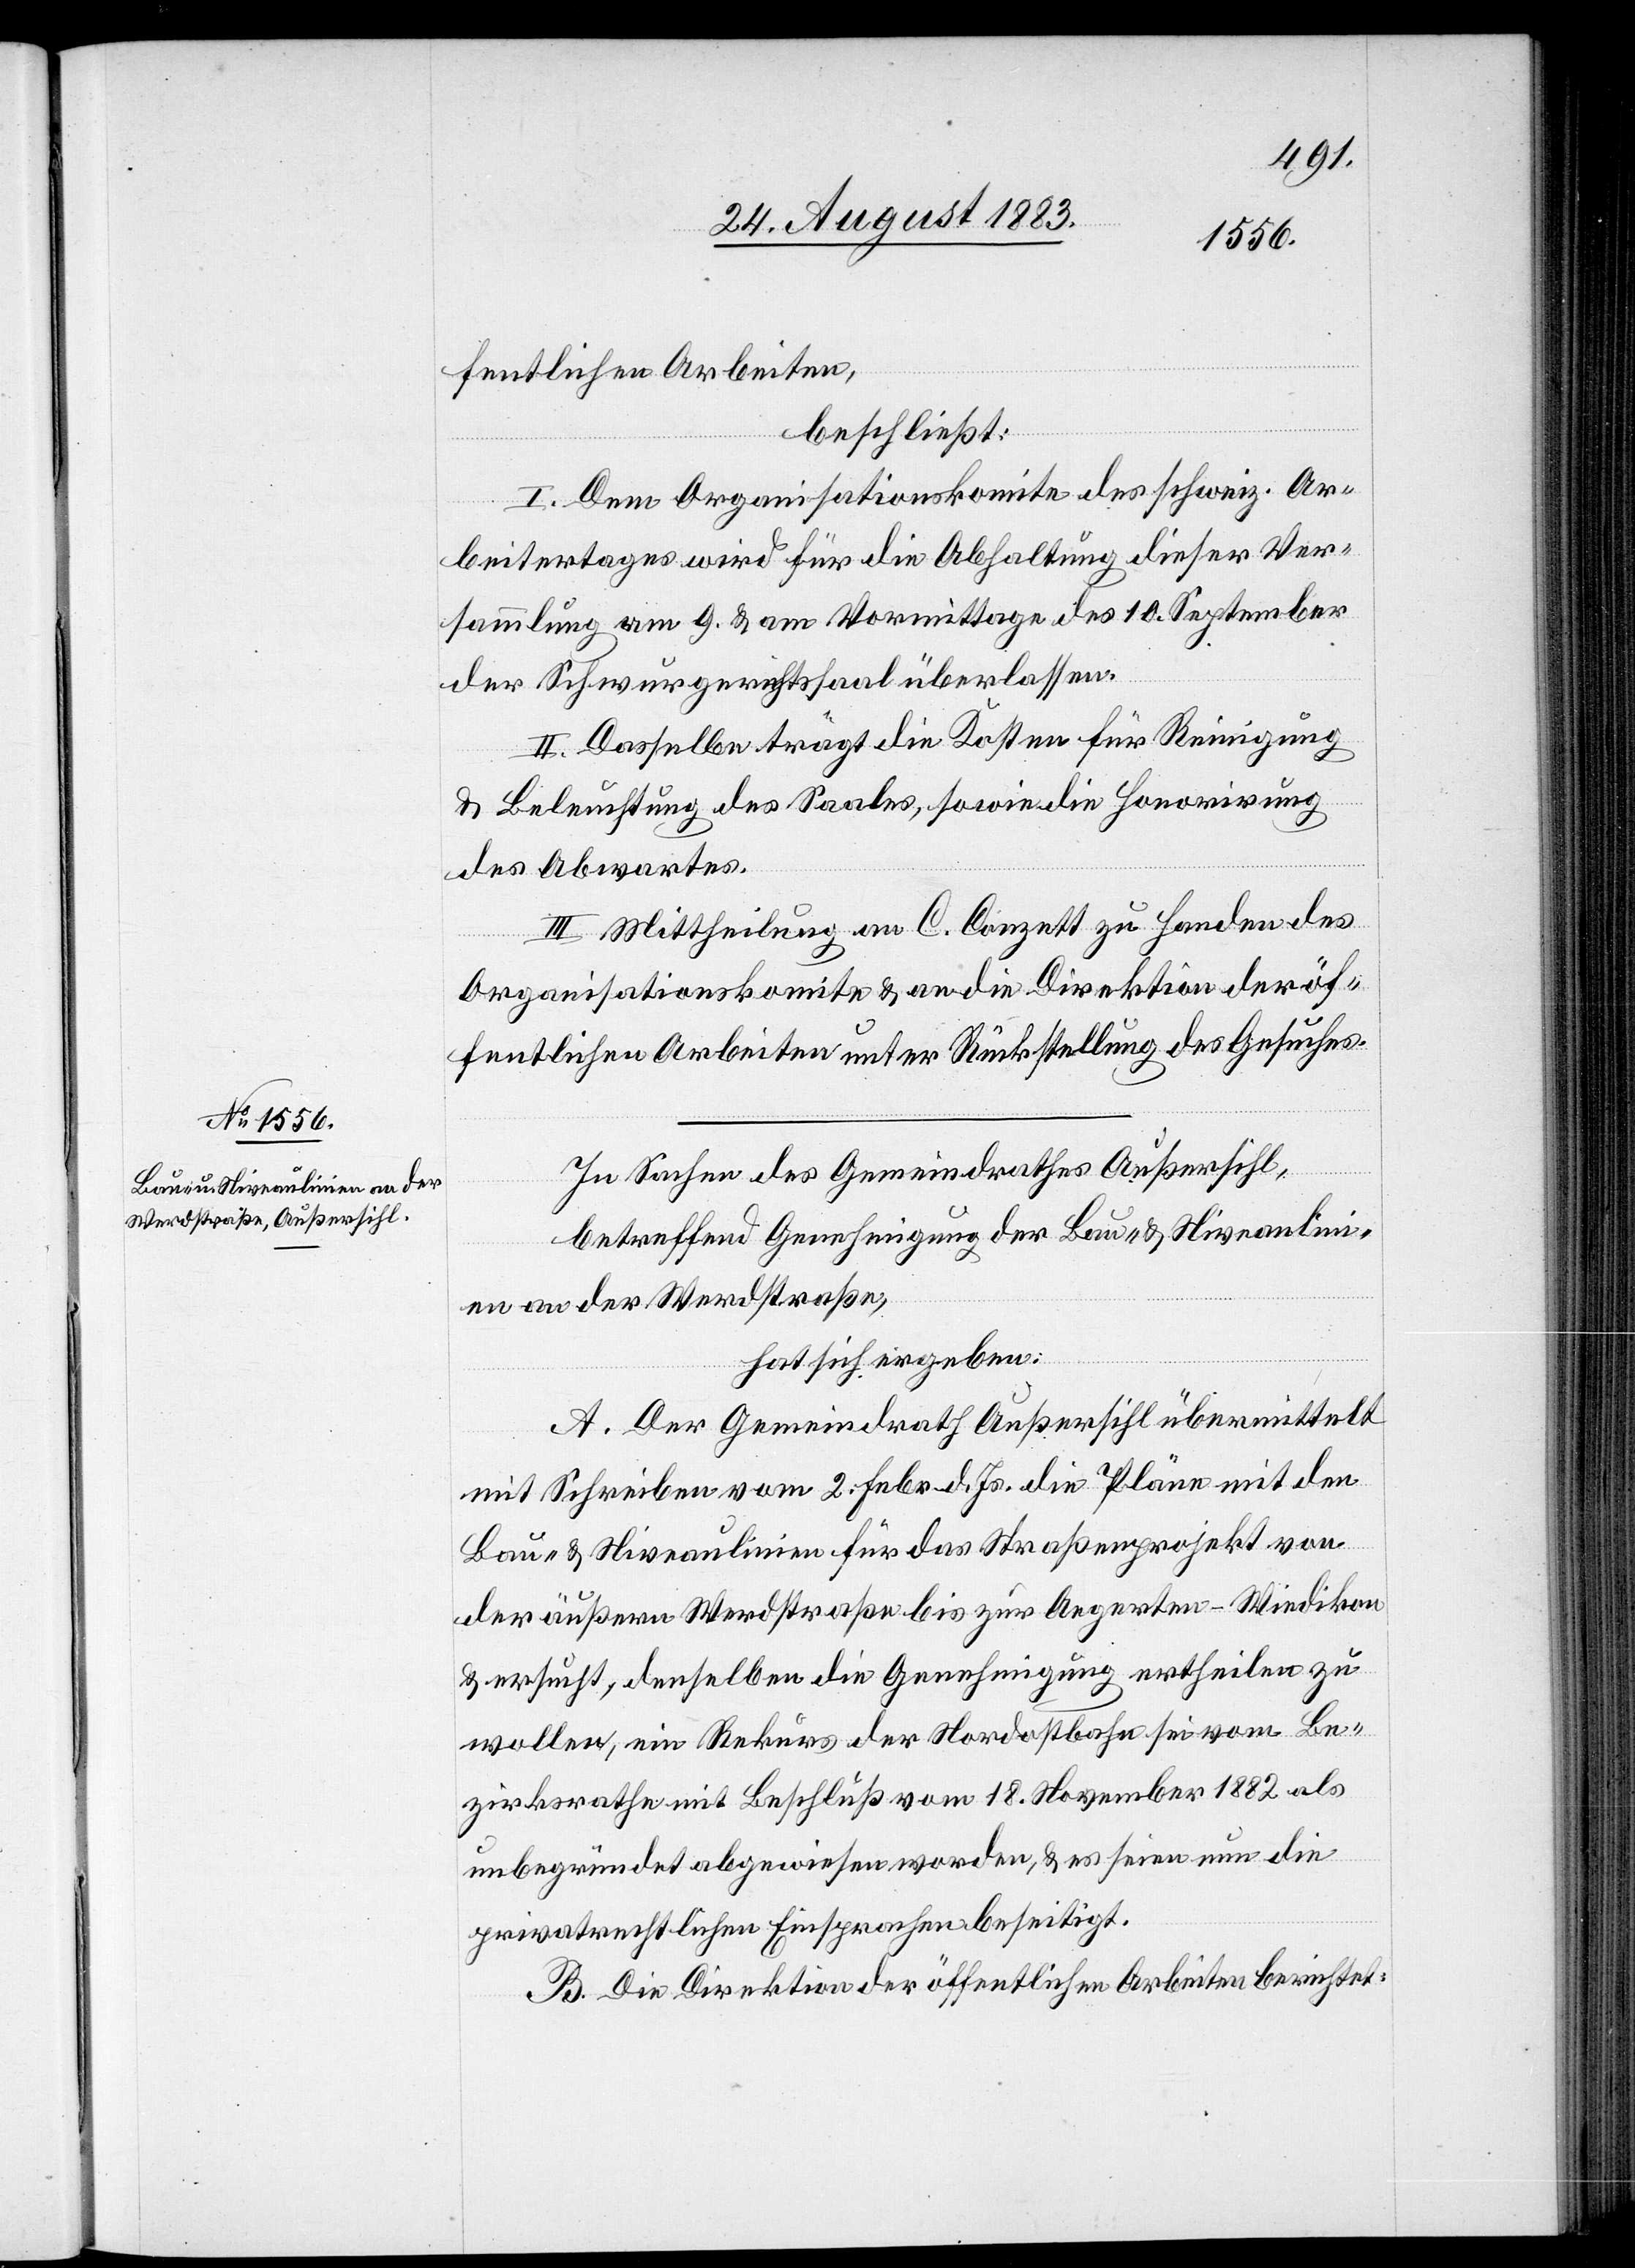
fentlichen Arbeiten,
beschließt:
I. Dem Organisationskomite des schweiz. Ar¬
beitertages wird für die Abhaltung dieser Ver¬
sammlung am 9. & am Vormittage des 10. September
der Schwurgerichtssaal überlassen.
II. Dasselbe trägt die Kosten für Reinigung
& Beleuchtung des Saales, sowie die Honorirung
des Abwartes.
II. Mittheilung an C. Conzett zu Handen des
Organisationskomite & an die Direktion der öf¬
fentlichen Arbeiten unter Rückstellung des Gesuches.
In Sachen des Gemeindrathes Außersihl,
betreffend Genehmigung der Bau- & Niveaulini¬
en an der Werdstraße,
hat sich ergeben:
A. Der Gemeindrath Außersihl übermittelt
mit Schreiben vom 2. Febr. d. Js. die Pläne mit den
Bau- & Niveaulinien für das Straßenprojekt von
der äußern Werdstraße bis zur Aegerten - Wiedikon
& ersucht, denselben die Genehmigung ertheilen zu
wollen, ein Rekurs der Nordostbahn sei vom Be¬
zirksrathe mit Beschluß vom 18. November 1882 als
unbegründet abgewiesen worden, & es seien nun die
privatrechtlichen Einsprachen beseitigt.
B. Die Direktion der öffentlichen Arbeiten berichtet: